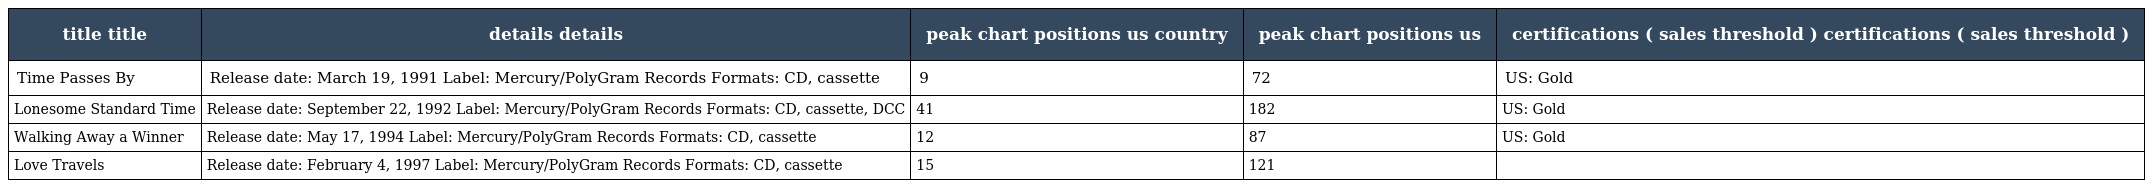
| title title | details details | peak chart positions us country | peak chart positions us | certifications ( sales threshold ) certifications ( sales threshold ) |
 | --- | --- | --- | --- | --- |
 | Time Passes By | Release date: March 19, 1991 Label: Mercury/PolyGram Records Formats: CD, cassette | 9 | 72 | US: Gold |
 | Lonesome Standard Time | Release date: September 22, 1992 Label: Mercury/PolyGram Records Formats: CD, cassette, DCC | 41 | 182 | US: Gold |
 | Walking Away a Winner | Release date: May 17, 1994 Label: Mercury/PolyGram Records Formats: CD, cassette | 12 | 87 | US: Gold |
 | Love Travels | Release date: February 4, 1997 Label: Mercury/PolyGram Records Formats: CD, cassette | 15 | 121 |  |